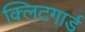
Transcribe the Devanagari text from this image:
क्लिटगार्ड